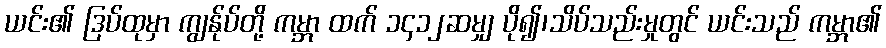
ယင်း၏ ဒြပ်ထုမှာ ကျွန်ုပ်တို့ ကမ္ဘာ ထက် ၁၄၁၂ဆမျှ ပို၍၊သိပ်သည်းမှုတွင် ယင်းသည် ကမ္ဘာ၏